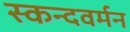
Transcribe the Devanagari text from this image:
स्कन्दवर्मन